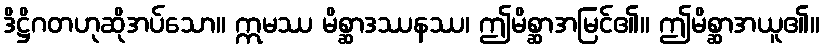
ဒိဋ္ဌိဂတဟုဆိုအပ်သော။ ဣမဿ မိစ္ဆာဒဿနဿ၊ ဤမိစ္ဆာအမြင်၏။ ဤမိစ္ဆာအယူ၏။